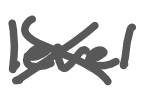
Text: level
Cross-out: cross
Writing tool: digital_gray